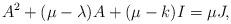
LaTeX: \begin{align*}A^2+(\mu-\lambda)A+(\mu-k)I=\mu J,\end{align*}